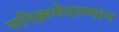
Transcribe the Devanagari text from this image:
परिक्रमेदरम्यान